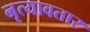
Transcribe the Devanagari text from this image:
नृत्यावतार